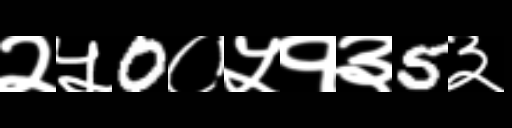
Text: २५0०५१३5३